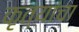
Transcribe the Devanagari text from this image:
कृत्यांचा